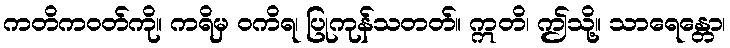
ကတိကဝတ်ကို။ ကရိမှ ဝကိရ၊ ပြုကုန်သတတ်။ ဣတိ၊ ဤသို့။ သာရေန္တော၊